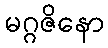
မဂ္ဂဇိနော